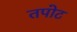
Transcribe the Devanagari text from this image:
तपोट